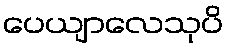
ပေယျာလေသုပိ